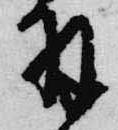
羽